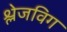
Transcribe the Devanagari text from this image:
श्लेजविग